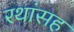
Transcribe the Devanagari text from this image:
रथांसह